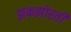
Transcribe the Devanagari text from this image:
झकझोरती